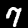
Digit: 7